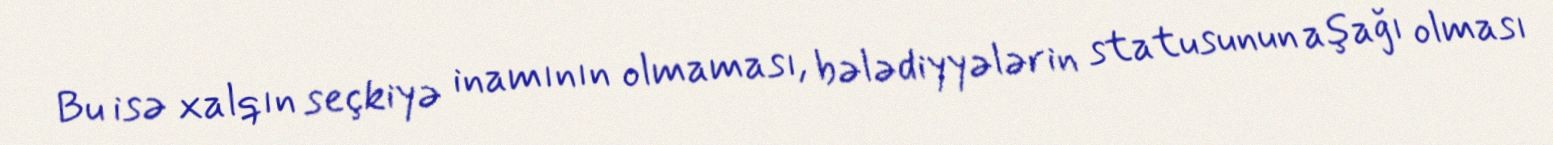
Bu isə xalqın seçkiyə inamının olmaması, bələdiyyələrin statusunun aşağı olması